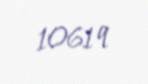
1061 q